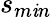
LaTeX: s_{m\mathit{i}n}